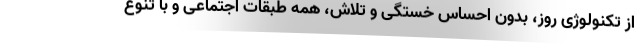
از تکنولوژی روز، بدون احساس خستگی و تلاش، همه طبقات اجتماعی و با تنوع